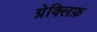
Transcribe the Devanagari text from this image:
ग्रेक्लिफ़